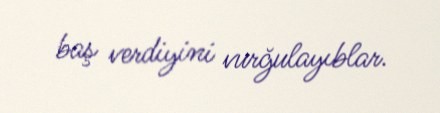
baş verdiyini vurğulayıblar.